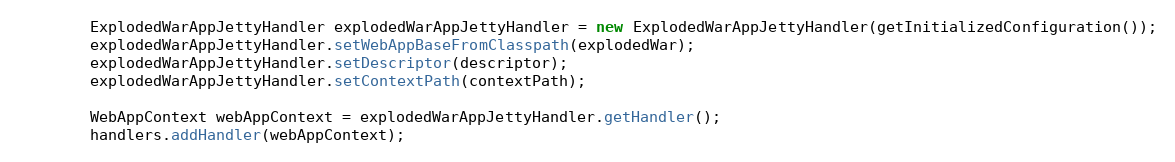
Language: Java
        ExplodedWarAppJettyHandler explodedWarAppJettyHandler = new ExplodedWarAppJettyHandler(getInitializedConfiguration());
        explodedWarAppJettyHandler.setWebAppBaseFromClasspath(explodedWar);
        explodedWarAppJettyHandler.setDescriptor(descriptor);
        explodedWarAppJettyHandler.setContextPath(contextPath);

        WebAppContext webAppContext = explodedWarAppJettyHandler.getHandler();
        handlers.addHandler(webAppContext);